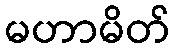
မဟာမိတ်